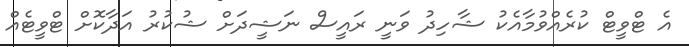
އެ ޓްވީޓް ކުރެއްވުމާއެކު ޝާހިދު ވަނީ ރައީސް ނަޝީދަށް ޝުކުރު އަދާކޮށް ޓްވީޓެއް